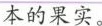
本的果实。